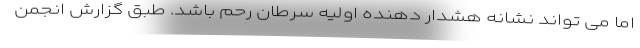
اما می تواند نشانه هشدار دهنده اولیه سرطان رحم باشد. طبق گزارش انجمن